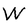
Character: W